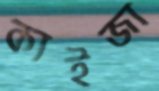
কাইজা